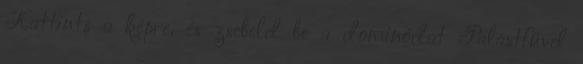
Kattints a képre, és zsebeld be a dominódat Palástfűvel